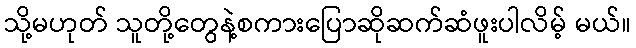
သို့မဟုတ် သူတို့တွေနဲ့စကားပြောဆိုဆက်ဆံဖူးပါလိမ့် မယ်။